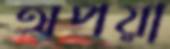
অপয়া